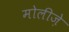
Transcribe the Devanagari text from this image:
मोलीज़े